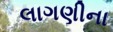
લાગણીના